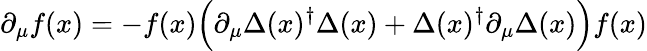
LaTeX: \partial_{\mu}f(x)=-f(x)\Bigl(\partial_{\mu}\Delta(x)^{\dagger}\Delta(x)+\Delta(x)^{\dagger}\partial_{\mu}\Delta(x)\Bigr)f(x)